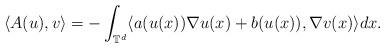
LaTeX: \begin{align*}\langle A(u), v \rangle = - \int_{\mathbb{T}^d} \langle a(u(x)) \nabla u(x) + b(u(x)), \nabla v(x) \rangle dx .\end{align*}